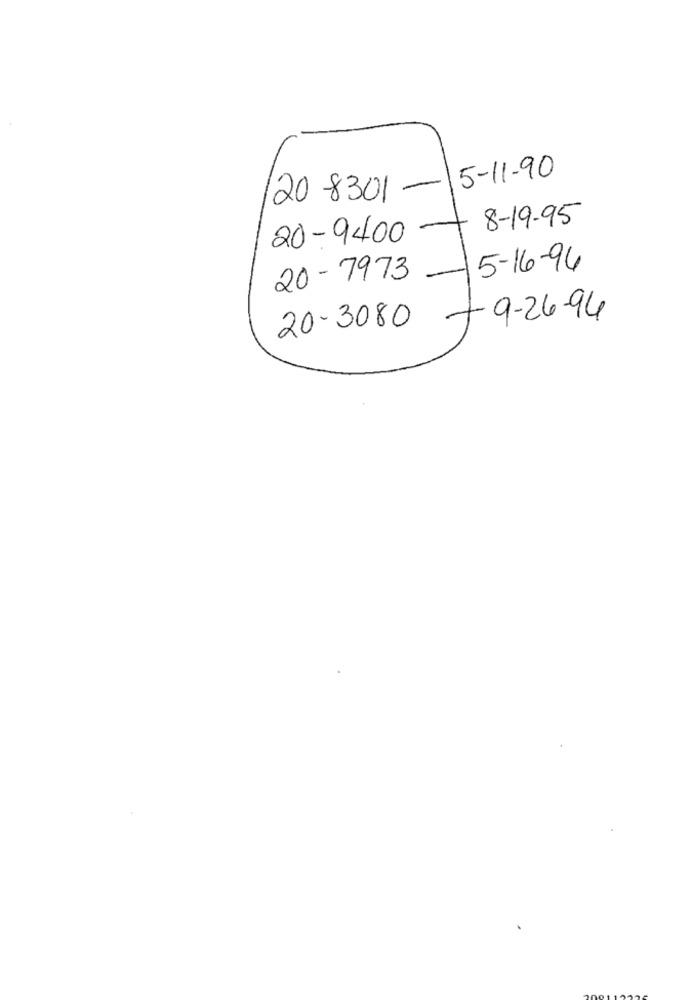
20 8301 -5-11-90
8-19-95
20-9400
5-16-96
20-7973
-
+9-26-94
20-3080